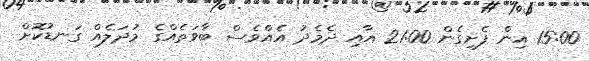
15:00 އިން ފެށިގެން 21:00 އާއި ދެމެދު އެއްވެސް ބާވަތެއްގެ މުދަލެއް ގަނޑުކޮށް